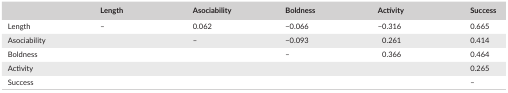
<table><thead><tr><td></td><td><b>Length</b></td><td><b>Asociability</b></td><td><b>Boldness</b></td><td><b>Activity</b></td><td><b>Success</b></td></tr></thead><tbody><tr><td>Length</td><td>–</td><td>0.062</td><td>−0.066</td><td>−0.316</td><td>0.665</td></tr><tr><td>Asociability</td><td></td><td>–</td><td>−0.093</td><td>0.261</td><td>0.414</td></tr><tr><td>Boldness</td><td></td><td></td><td>–</td><td>0.366</td><td>0.464</td></tr><tr><td>Activity</td><td></td><td></td><td></td><td></td><td>0.265</td></tr><tr><td>Success</td><td></td><td></td><td></td><td></td><td>–</td></tr></tbody></table>